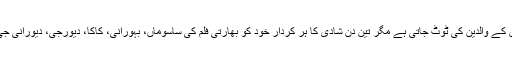
کمر تو دونوں کے والدین کی ٹوٹ جاتی ہے مگر تین دن شادی کا ہر کردار خود کو بھارتی فلم کی ساسوماں، بہورانی، کاکا، دیورجی، دیورانی جی بنا ہوتا ہے۔